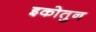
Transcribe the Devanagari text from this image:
इकोतुन